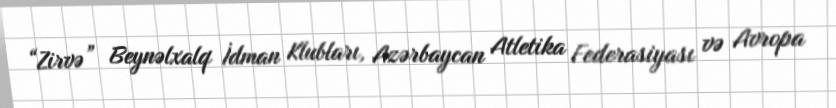
“Zirvə” Beynəlxalq İdman Klubları, Azərbaycan Atletika Federasiyası və Avropa